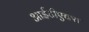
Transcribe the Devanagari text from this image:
आईटीएक्स